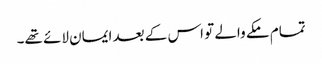
تمام مکے والے تو اس کے بعد ایمان لائے تھے۔